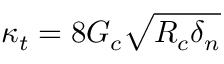
\kappa _ { t } = 8 G _ { c } \sqrt { R _ { c } \delta _ { n } }